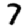
Digit: 7